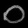
Digit: ၀